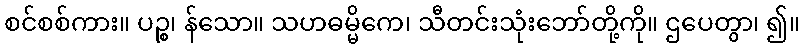
စင်စစ်ကား။ ပဉ္စ၊ န်သော။ သဟဓမ္မိကေ၊ သီတင်းသုံးဘော်တို့ကို။ ဌပေတွာ၊ ၍။